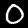
Digit: 0